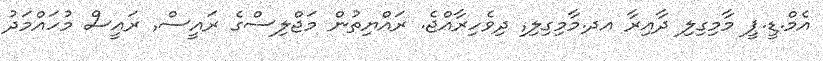
އެމް.ޑީ.ޕީ މާމިގިލި ދާއިރާ އދ.މާމިގިލި